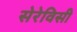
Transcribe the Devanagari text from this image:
सेरेविसी